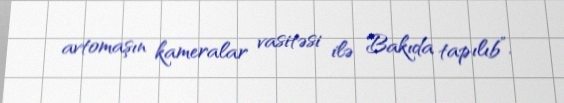
avtomaşın kameralar vasitəsi ilə Bakıda tapılıb”.